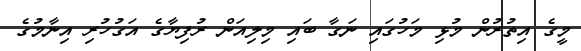
މީގެ އިތުރުން މުޅި މަހުގައި ނަގާ ބައި މިލިއަން ރުފިޔާގެ އަގުހުރި އިނާމުގެ